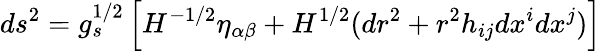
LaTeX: ds^{2}=g_{s}^{1/2}\left[H^{-1/2}\eta_{\alpha\beta}+H^{1/2}(dr^{2}+r^{2}h_{ij}dx^{i}dx^{j})\right]